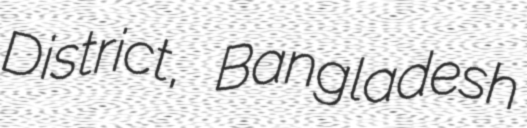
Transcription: District, Bangladesh